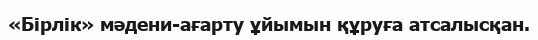
«Бірлік» мәдени-ағарту ұйымын құруға атсалысқан.